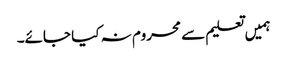
ہمیں تعلیم سے محروم نہ کیا جائے۔